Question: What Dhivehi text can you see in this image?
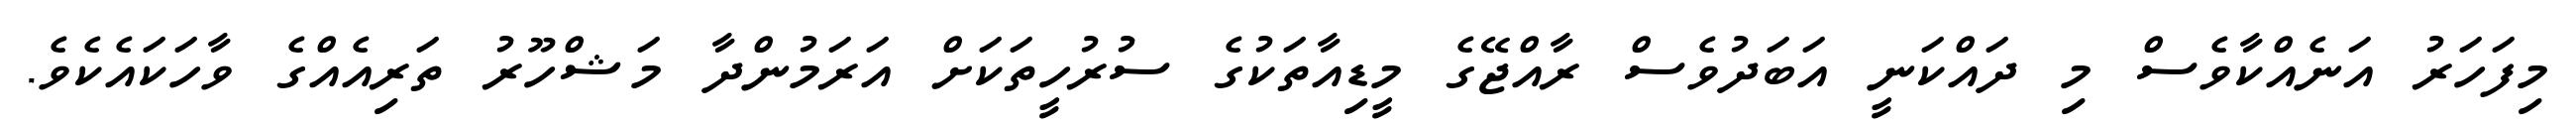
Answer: މިފަހަރު އަނެއްކާވެސް މި ދައްކަނީ އަބަދުވެސް ރާއްޖޭގެ މީޑިއާތަކުގެ ސުރުހީތަކަށް އަރަމުންދާ މަޝްހޫރު ތަރިއެއްގެ ވާހަކައެކެވެ.